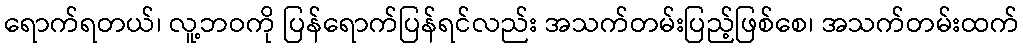
ရောက်ရတယ်၊ လူ့ဘဝကို ပြန်ရောက်ပြန်ရင်လည်း အသက်တမ်းပြည့်ဖြစ်စေ၊ အသက်တမ်းထက်